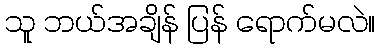
သူ ဘယ်အချိန် ပြန် ရောက်မလဲ။